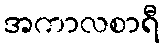
အကာလစာရီ